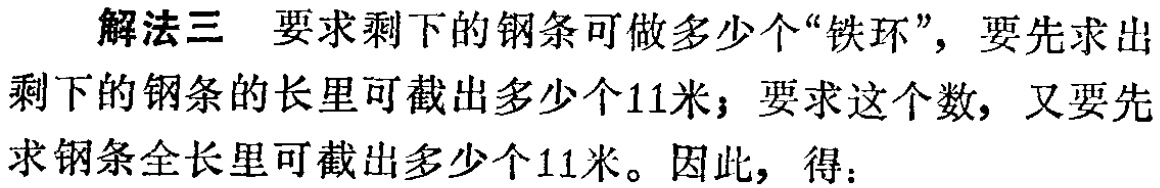
解法三 要求剩下的钢条可做多少个“铁环”，要先求出剩下的钢条的长里可截出多少个11米；要求这个数，又要先求钢条全长里可截出多少个11米。因此，得：